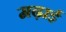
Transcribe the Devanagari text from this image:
मढ़ाई